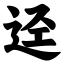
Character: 迳